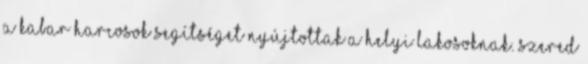
a kabar harcosok segítséget nyújtottak a helyi lakosoknak. Szered